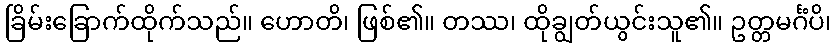
ခြိမ်းခြောက်ထိုက်သည်။ ဟောတိ၊ ဖြစ်၏။ တဿ၊ ထိုချွတ်ယွင်းသူ၏။ ဥတ္တမင်္ဂံပိ၊